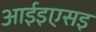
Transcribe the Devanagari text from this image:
आईइएसइ